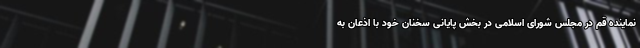
نماینده قم در مجلس شورای اسلامی در بخش پایانی سخنان خود با اذعان به